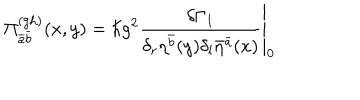
\Pi _ { \bar { a } \bar { b } } ^ { ( \mathrm { g h ) } } ( x , y ) = \left. \hbar g ^ { 2 } \frac { \delta \Gamma _ { 1 } } { \delta _ { r } \eta ^ { \bar { b } } ( y ) \delta _ { l } \bar { \eta } ^ { \bar { a } } ( x ) } \right| _ { 0 }